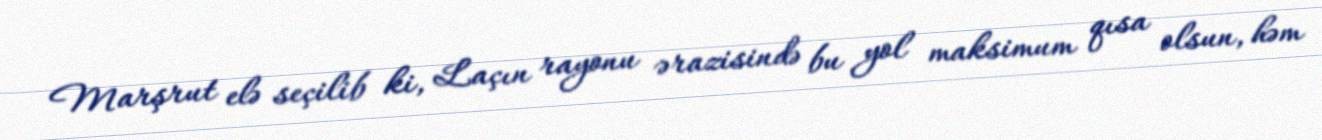
Marşrut elə seçilib ki, Laçın rayonu ərazisində bu yol maksimum qısa olsun, həm